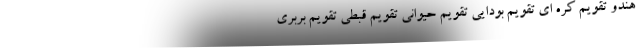
هندو تقویم کره ای تقویم بودایی تقویم حیوانی تقویم قبطی تقویم بربری